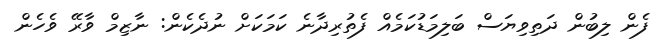
ފެން ލިބުން ދަތިވިޔަސް ބަލިމަޑުކަމެއް ފެތުރިދާނެ ކަމަކަށް ނުދެކެން: ނާޒިމް ވާރޭ ވެހެން